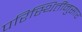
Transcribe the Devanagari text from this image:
परिस्थितींनुसार